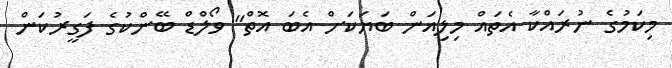
މިކަމުގެ ނުރައްކާ އެތައް މިލިއަން ބަޔަކަށް އެބަ އޮތް" ވޯލްޑް ބޭންކުގެ ފަގީރުކަން